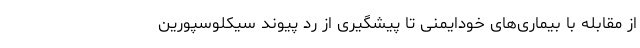
از مقابله با بیماری‌های خودایمنی تا پیشگیری از رد پیوند سیکلوسپورین